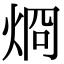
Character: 烱